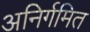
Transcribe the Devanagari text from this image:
अनिर्गमित